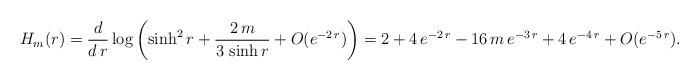
LaTeX: \begin{align*}H_m (r) = \frac{d}{d\, r} \log \left( \sinh^2 r + \frac{2 \, m}{3 \, \sinh r} + O (e^{- 2 \, r})\right) = 2 + 4\, e^{- 2 \, r} - 16 \, m \, e^{- 3 \, r} + 4\, e^{- 4 \, r} + O (e^{- 5 \, r}).\end{align*}